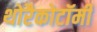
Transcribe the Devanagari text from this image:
थोरैकोटॉमी